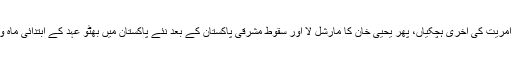
ایوب آمریت کی آخری ہچکیاں، پھر یحییٰ خان کا مارشل لا اور سقوط مشرقی پاکستان کے بعد نئے پاکستان میں بھٹو عہد کے ابتدائی ماہ و سال۔